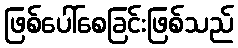
ဖြစ်ပေါ်စေခြင်းဖြစ်သည်